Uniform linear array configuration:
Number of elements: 12
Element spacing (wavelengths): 0.25
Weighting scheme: uniform
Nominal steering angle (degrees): -45
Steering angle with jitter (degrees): -46.51
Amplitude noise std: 0.05
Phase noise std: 0.05

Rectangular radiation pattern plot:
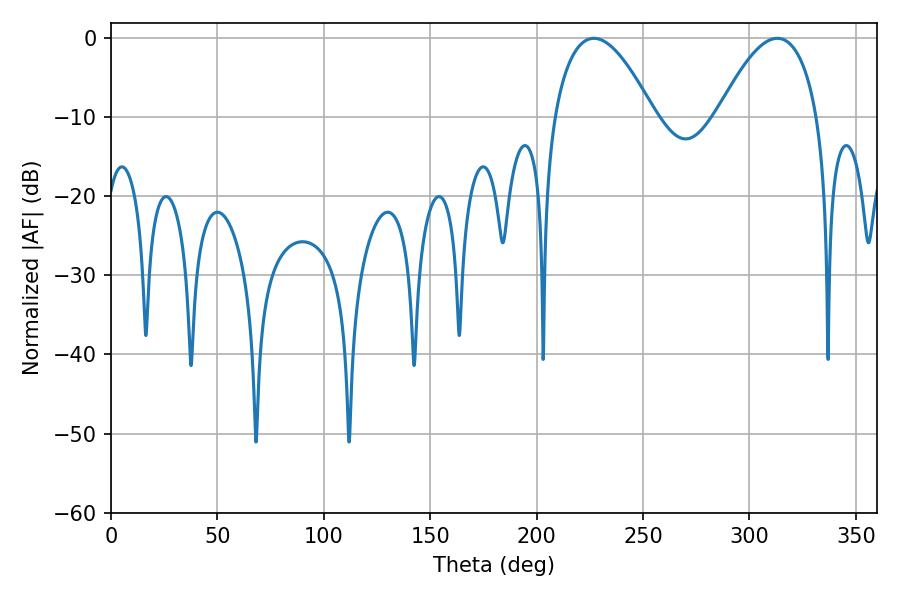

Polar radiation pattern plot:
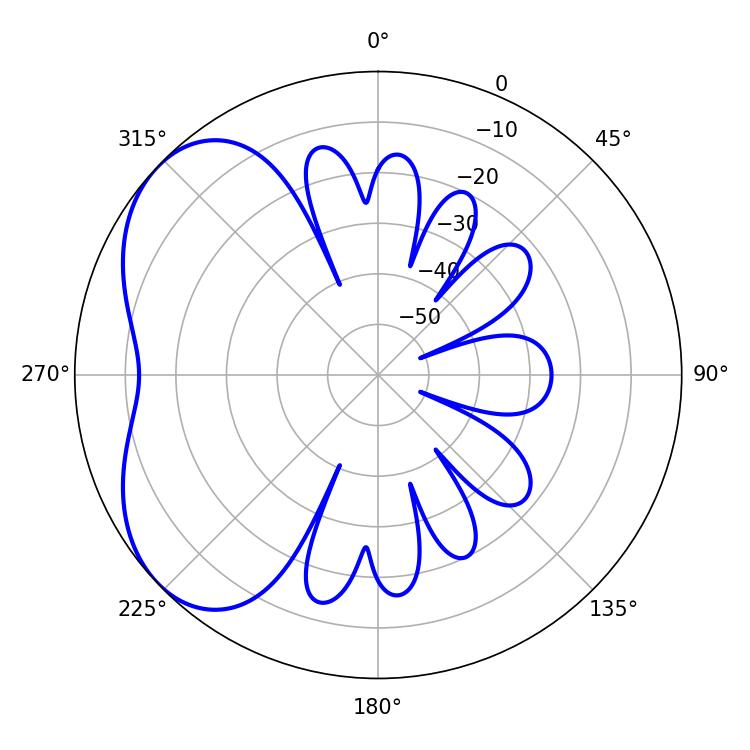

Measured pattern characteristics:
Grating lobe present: FALSE
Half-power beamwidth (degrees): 25.92
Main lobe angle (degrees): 226.98